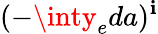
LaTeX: (-\inty_{e}da)^{\mathbf{i}}